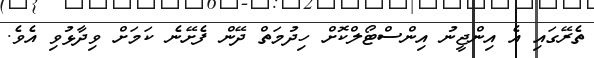
ތެރޭގައި އެ އިންޖީނު އިންސްޓޯލްކޮށް ހިދުމަތް ދޭން ފެށޭނެ ކަމަށް ވިދާޅުވި އެވެ.